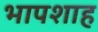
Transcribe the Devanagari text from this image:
भापशाह